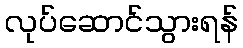
လုပ်ဆောင်သွားရန်